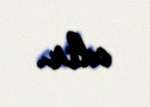
edir.